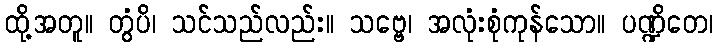
ထို့အတူ။ တွံပိ၊ သင်သည်လည်း။ သဗ္ဗေ၊ အလုံးစုံကုန်သော။ ပဏ္ဍိတေ၊